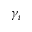
\gamma _ { \imath }